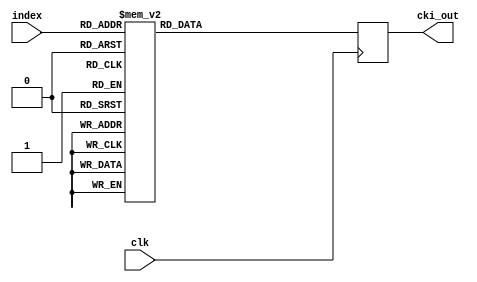
///////////////////////////////////////////////////////////////////////////////
// Module Name: get_cki
// Project: SM4.0 
// Description: get cki for key expansion
// Change history: 
//      + 2020/6/18 create the module
//      + 2020/7/5 finish the module
///////////////////////////////////////////////////////////////////////////////
module get_cki(
    input clk,
    input [4:0] index,
	output reg [31:0] cki_out
);
	// 
	always@(posedge clk)
		case(index)
			5'b0_0000:	cki_out	<=	32'h00070e15;
			5'b0_0001:	cki_out	<=	32'h1c232a31;
			5'b0_0010:	cki_out	<=	32'h383f464d;
			5'b0_0011:	cki_out	<=	32'h545b6269;
			5'b0_0100:	cki_out	<=	32'h70777e85;
			5'b0_0101:	cki_out	<=	32'h8c939aa1;
			5'b0_0110:	cki_out	<=	32'ha8afb6bd;
			5'b0_0111:	cki_out	<=	32'hc4cbd2d9;
			5'b0_1000:	cki_out	<=	32'he0e7eef5;
			5'b0_1001:	cki_out	<=	32'hfc030a11;
			5'b0_1010:	cki_out	<=	32'h181f262d;
			5'b0_1011:	cki_out	<=	32'h343b4249;
			5'b0_1100:	cki_out	<=	32'h50575e65;
			5'b0_1101:	cki_out	<=	32'h6c737a81;
			5'b0_1110:	cki_out	<=	32'h888f969d;
			5'b0_1111:	cki_out	<=	32'ha4abb2b9;
			5'b1_0000:	cki_out	<=	32'hc0c7ced5;
			5'b1_0001:	cki_out	<=	32'hdce3eaf1;
			5'b1_0010:	cki_out	<=	32'hf8ff060d;
			5'b1_0011:	cki_out	<=	32'h141b2229;
			5'b1_0100:	cki_out	<=	32'h30373e45;
			5'b1_0101:	cki_out	<=	32'h4c535a61;
			5'b1_0110:	cki_out	<=	32'h686f767d;
			5'b1_0111:	cki_out	<=	32'h848b9299;
			5'b1_1000:	cki_out	<=	32'ha0a7aeb5;
			5'b1_1001:	cki_out	<=	32'hbcc3cad1;
			5'b1_1010:	cki_out	<=	32'hd8dfe6ed;
			5'b1_1011:	cki_out	<=	32'hf4fb0209;
			5'b1_1100:	cki_out	<=	32'h10171e25;
			5'b1_1101:	cki_out	<=	32'h2c333a41;
			5'b1_1110:	cki_out	<=	32'h484f565d;
			5'b1_1111:	cki_out	<=	32'h646b7279;
			default:	cki_out	<=	32'h0;
		endcase
endmodule